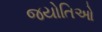
જયોતિઓ